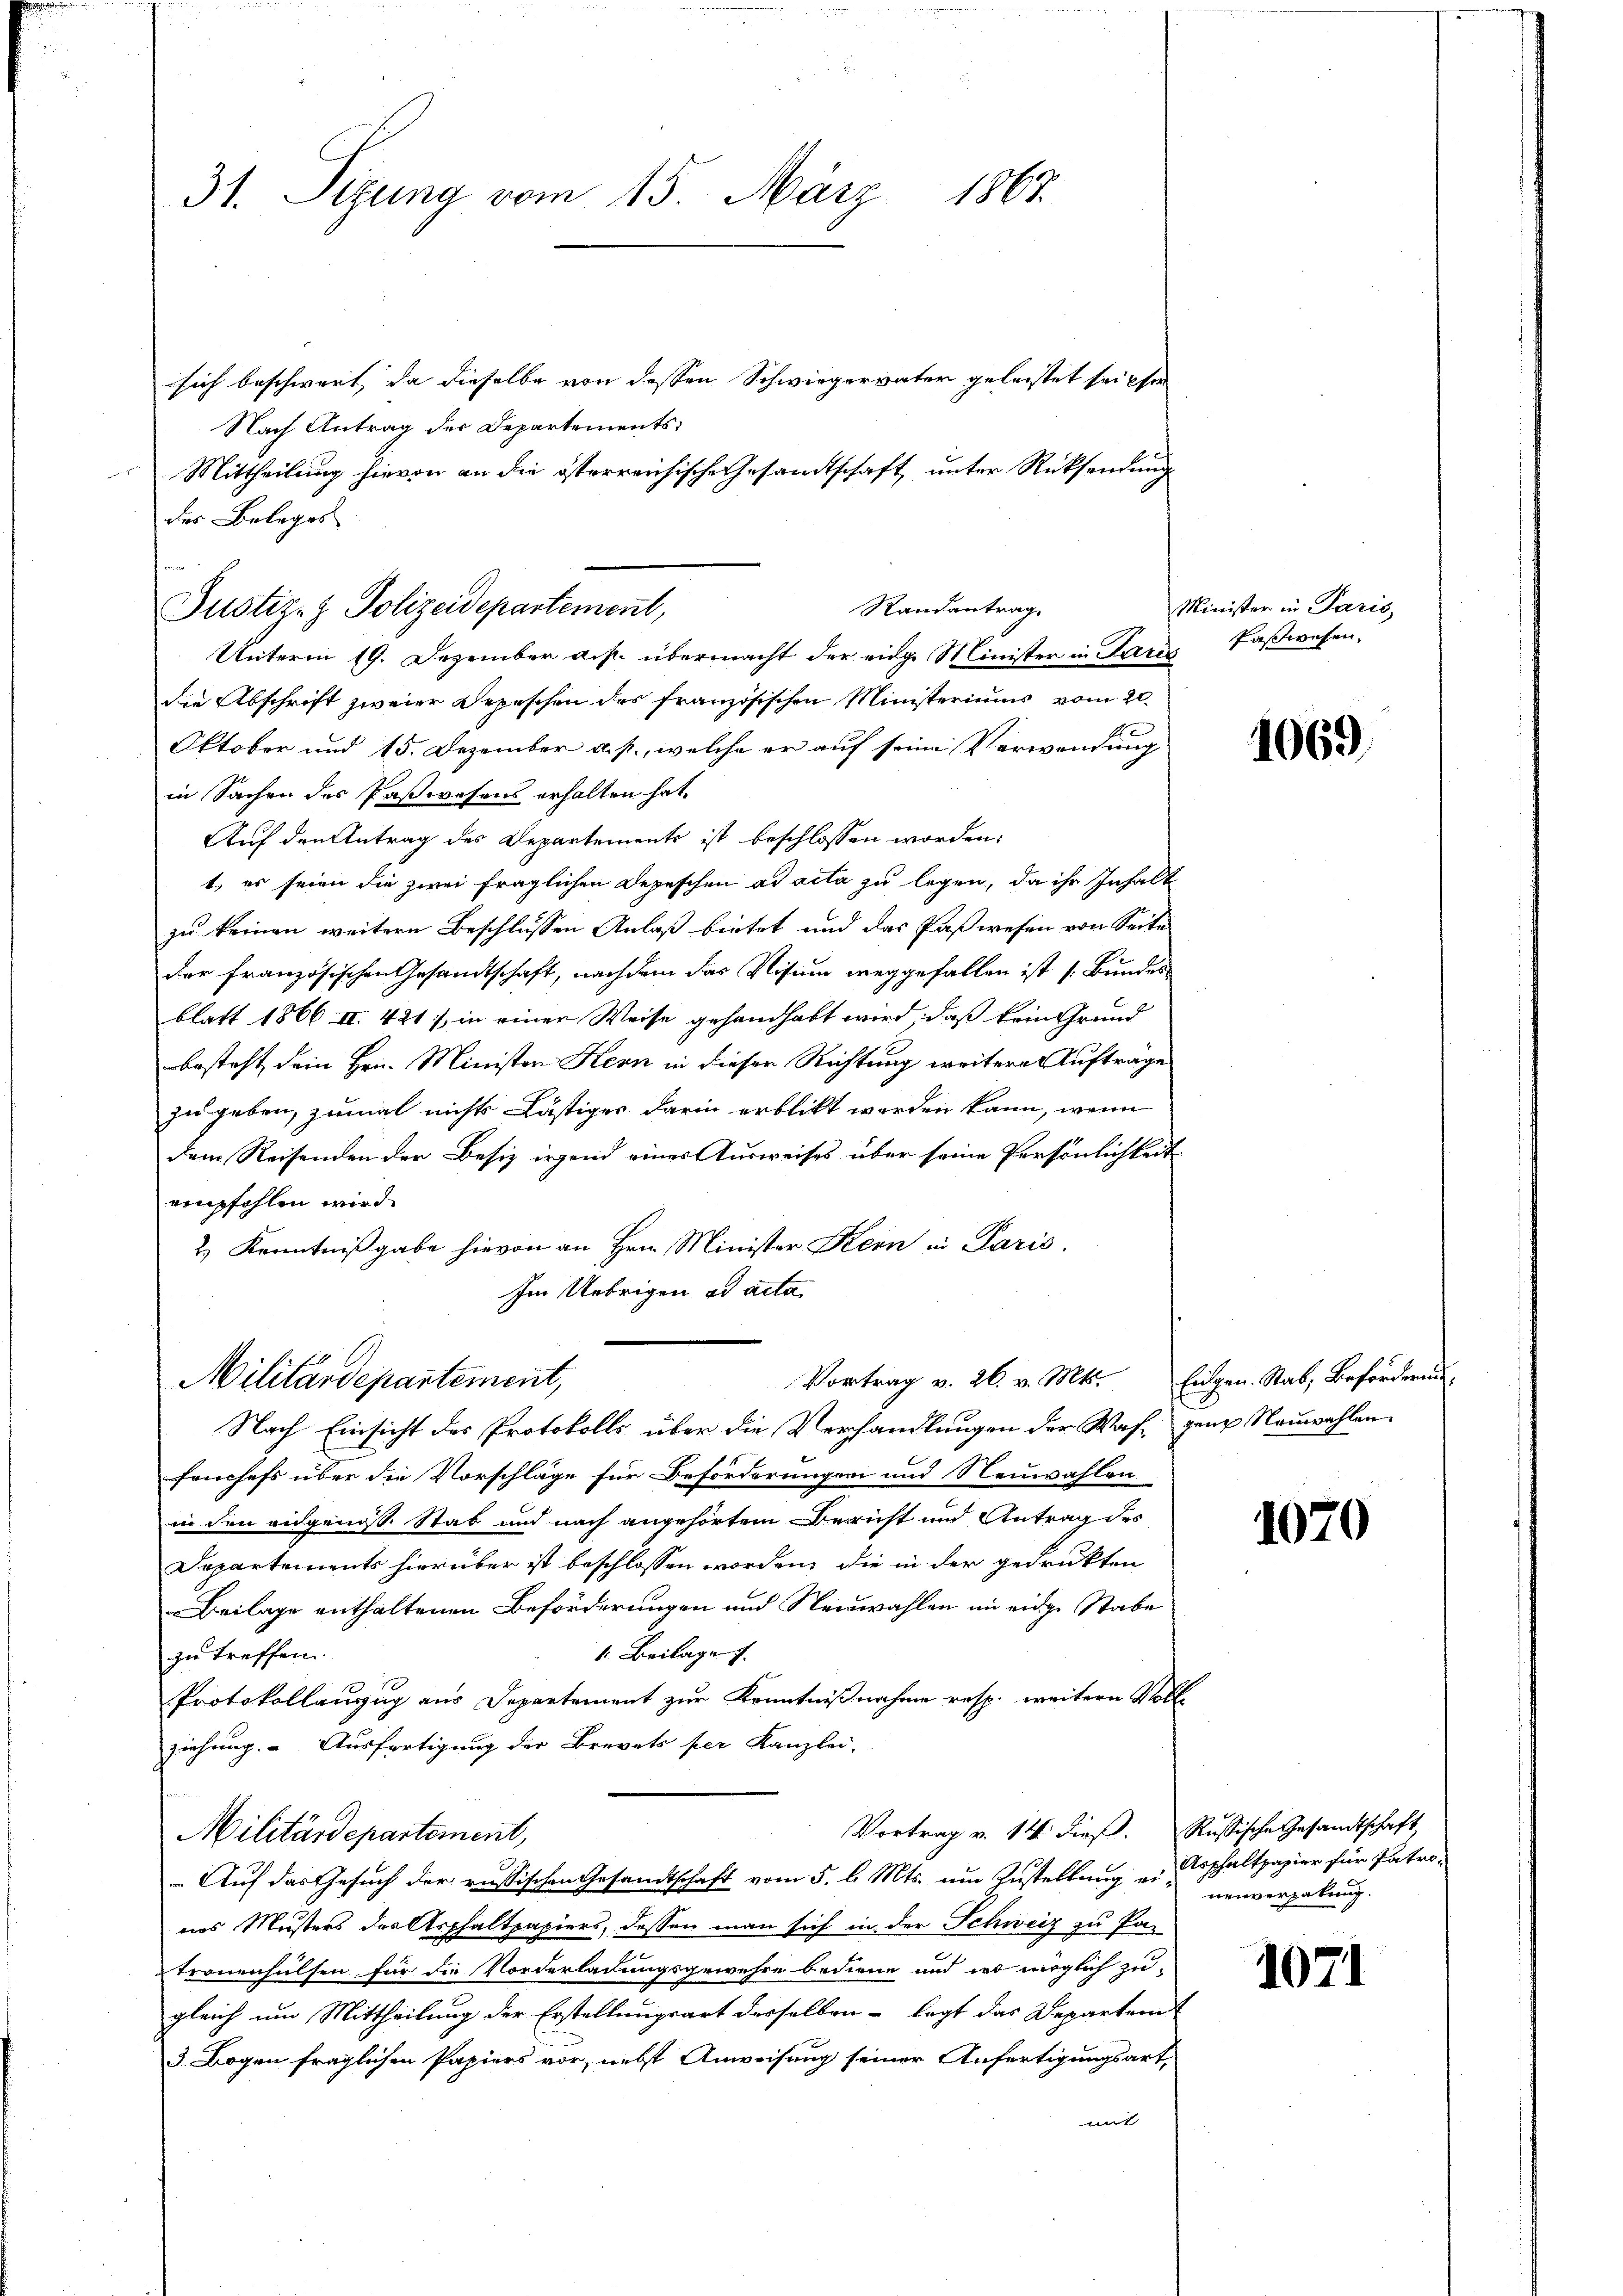
31. Sizung vom 15. März 1863.
sich beschwert, da dieselbe von dessen Schwiegervater geleistet sei ehe

Nach Antrag der Departements
Mittheilung hievon an die österreichische Gesandtschaft unter Rücksendung
des Beleges
Unterm 19. Dezember a.p. übermacht der eidge Minister in Paris
die Abschrift zweier Depeschen des französischen Ministeriums vom 20.
Oktober und 15. Dezember a. p., welche er auf seine Verwendung
in Sachen des Paßwesens erhalten hat.
Auf den Antrag des Departements ist beschlossen worden:
t, es seien die zwei fraglichen Depeschen ad acta zu legen, da ihr Inhalt
zu keinen weitern Beschlussen Anlaß bietet und das Paßwesen von Seite
der französischen Gesandtschaft, nachdem das Visum weggefallen ist (Bundes
blatt 1866 II. 421, in einer Weise gehandhabt wird, daß kein Grund
besteht dein Hrn. Ministen Kern in dieser Richtung weitere Aufträge
zu geben, zumal nichts Lästiges darin erblickt werden kann, wenn
dem Reisenden der Besiz irgend eines Ausweises über seine Persönlichkeit
empfohlen wird.
2.) Kenntnißgabe hievon an Hrn. Minister Kern in Paris.
Im Uebrigen ad acta
Vortrag v. 26. v. Mts.
Militärdepartement,
Nach Einsicht des Protokolls über die Verhandlungen der Waf, gene Neuwahlen.
frnchefs über die Vorschläge für Beförderungen und Neuwahlen
in den eigenes Stab und nach angehörtem Bericht und Antrag des
Departements hierüber ist beschlossen worden, die in der gedrukten
Beilage enthaltenen Beförderungen und Neuwahlen in eidge Stabe
1. Beilage f
zu treffen.
Protokollauszug aus Departement zur Kenntnißnahme resp. weitern Voll-
ziehung. Ausfertigung der Brevets per Kanzlei-
Vortrag v. 14. dieß. Russische Gesandtschaft,
Militärdepartement,
Auf das Gesuch der russischen Gesandtschaft vom 5. l. Mts. um Zustellung u. Asphaltpapier für Patro-
nas Musters der Asphaltpapiers, dessen man sich in der Schweiz zu Pa-
tronenhulsen für die Norderladungsgewehre bediene und ist möglich zu-
gleich um Mittheilung der Erstellungsart desselben - legt das Departem
3 Bogen fraglichen Papiers vor, nebst Anweisung seiner Anfertigungsart,
t

.
Randantrage
Justiz- & Polizeidepartement,

Minister in Paris,
Paswesen.

1069.

Eigen. Stab, Beförderung,

1070

1071

nenvergabung.